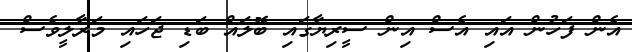
އެން ފަހުން އައި އެސް އިން ސީރިޔާގައި ބޮލައް ބަޑި ޖަހައި މަރާލީވެސް